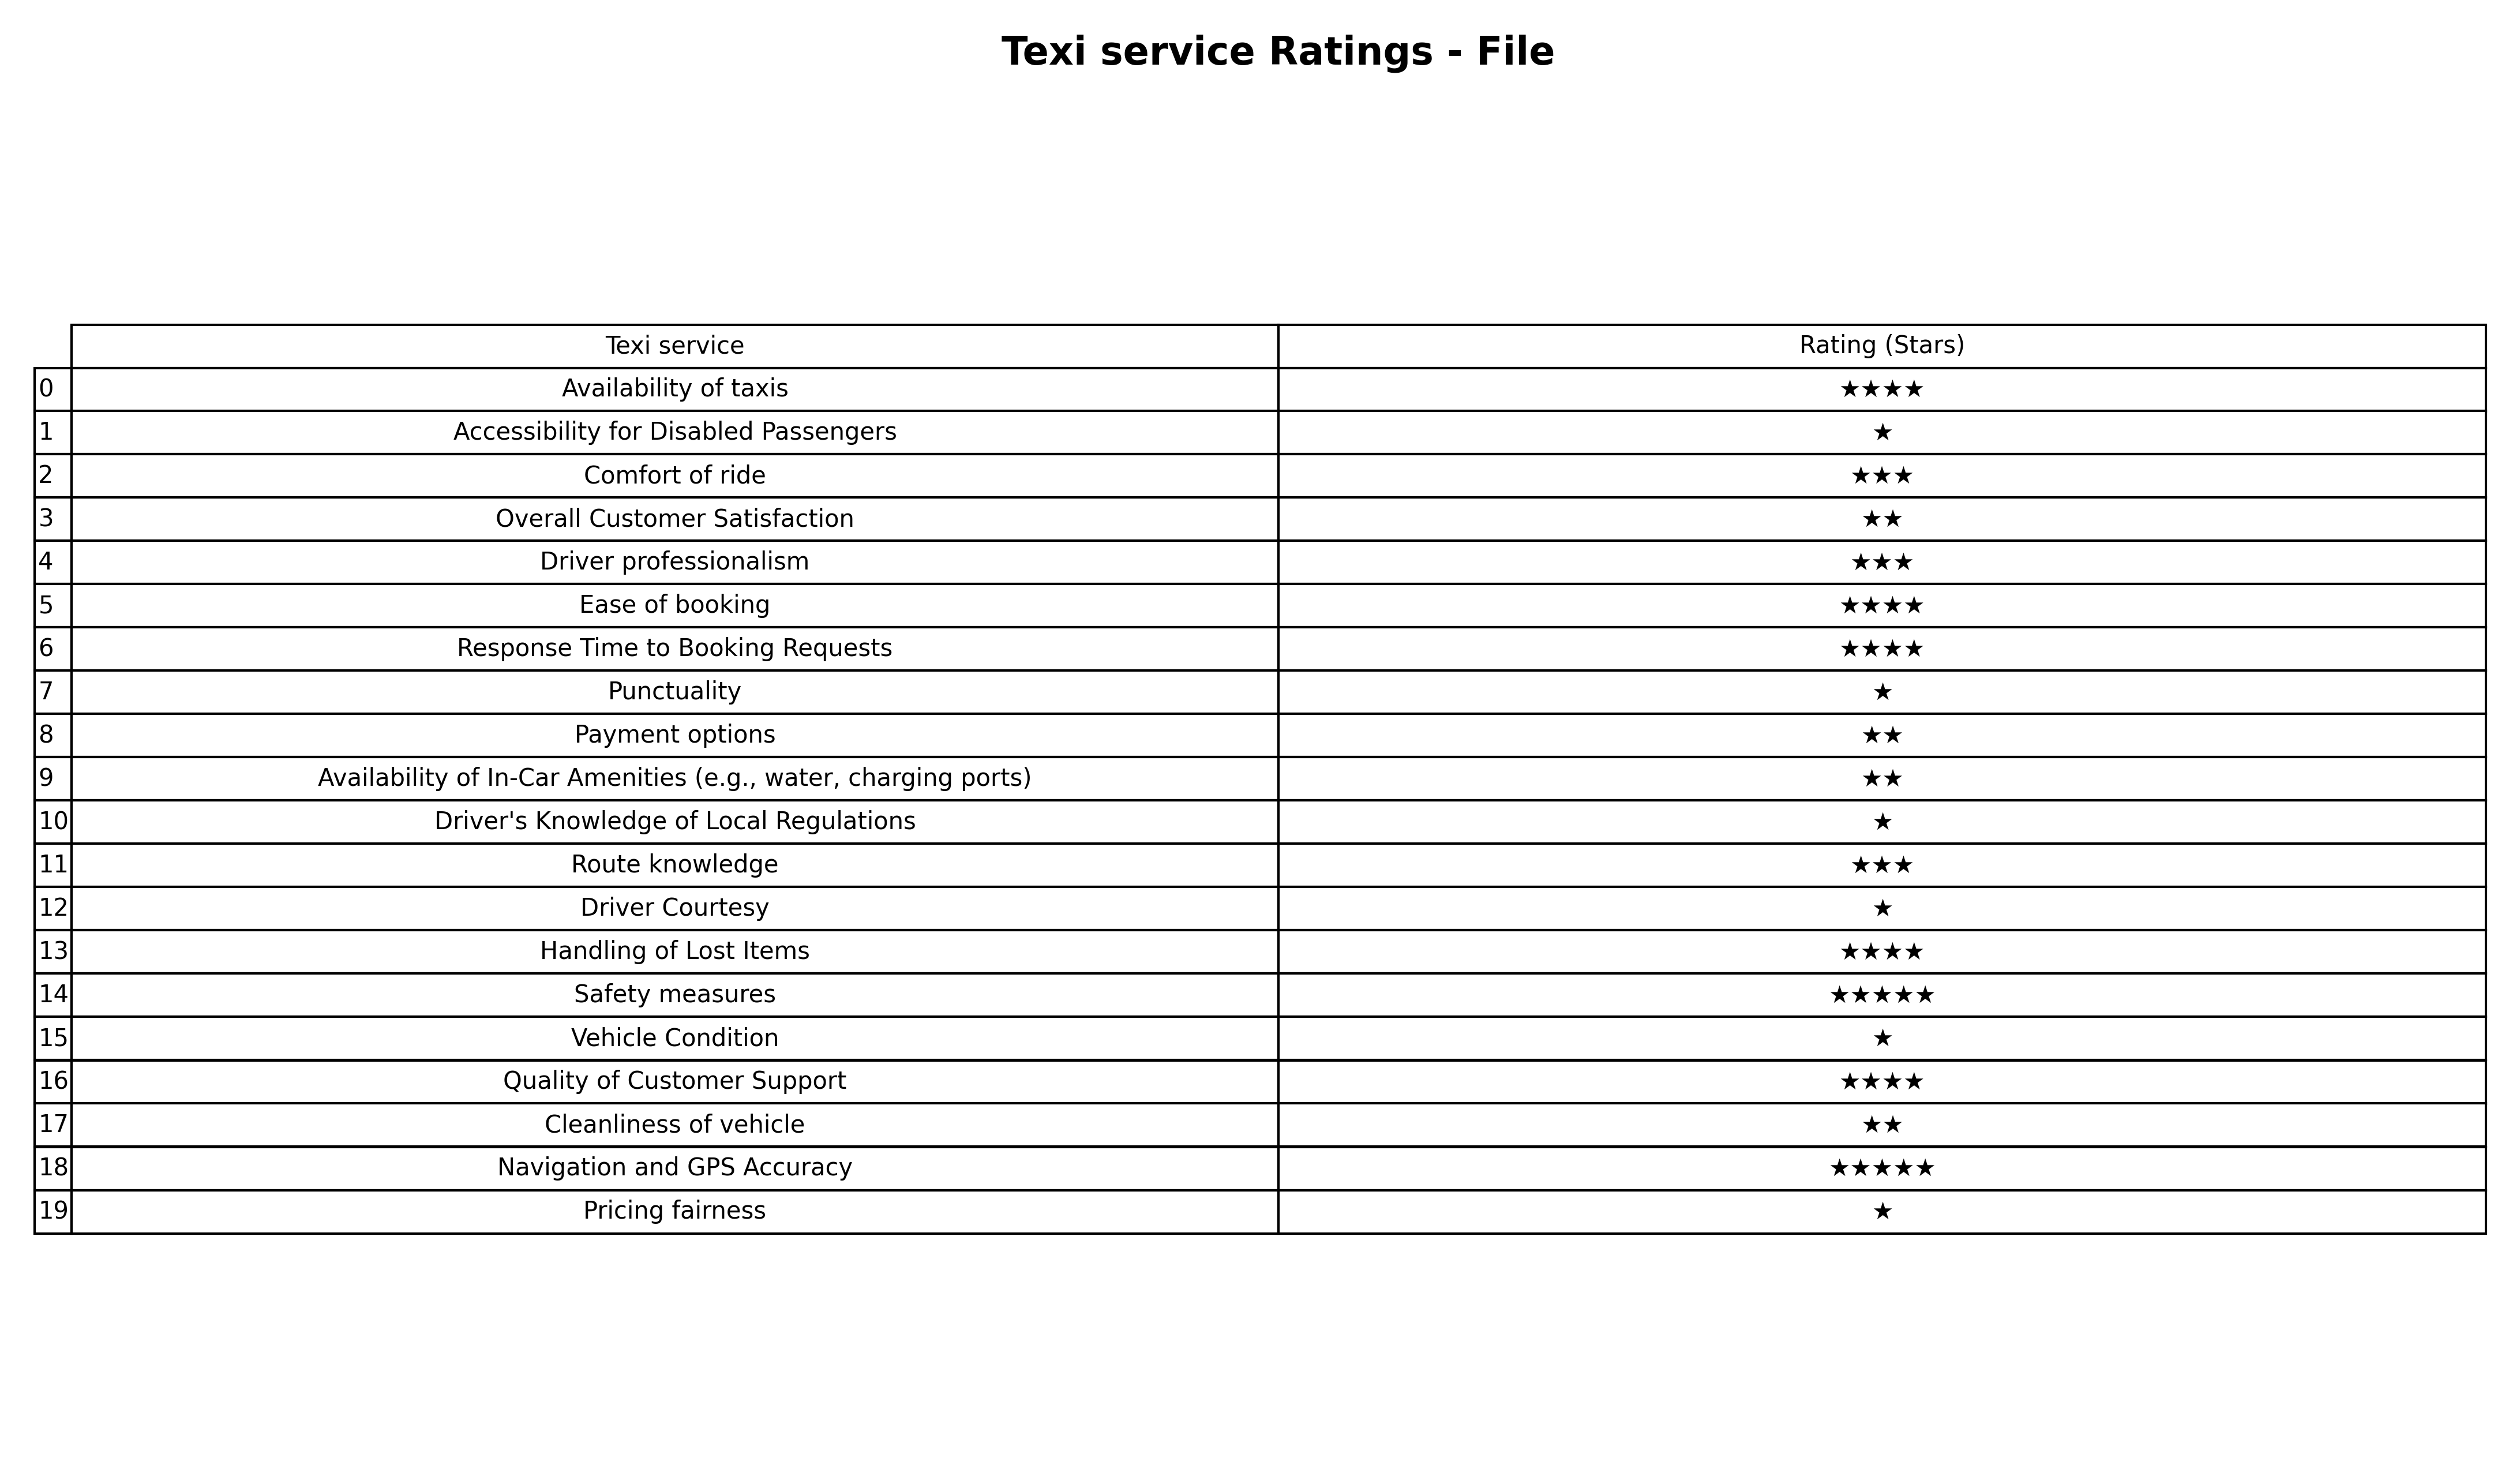
question: What is the rating of Comfort of ride?
answer: ★★★